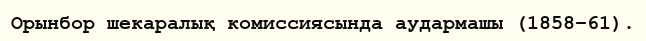
Орынбор шекаралық комиссиясында аудармашы (1858–61).